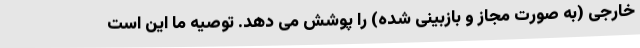
خارجی (به صورت مجاز و بازبینی شده) را پوشش می دهد. توصیه ما این است